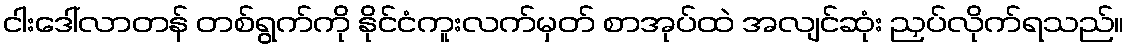
ငါးဒေါ်လာတန် တစ်ရွက်ကို နိုင်ငံကူးလက်မှတ် စာအုပ်ထဲ အလျင်ဆုံး ညှပ်လိုက်ရသည်။